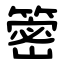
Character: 䈼